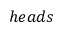
h e a d s